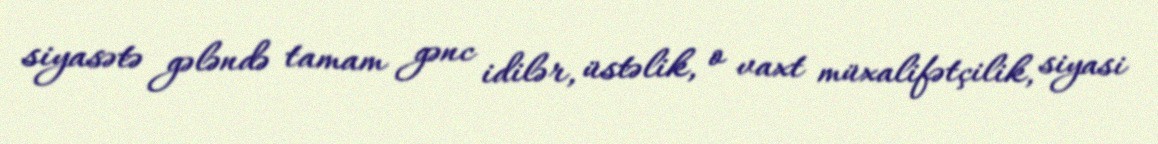
siyasətə gələndə tamam gənc idilər, üstəlik, o vaxt müxalifətçilik, siyasi